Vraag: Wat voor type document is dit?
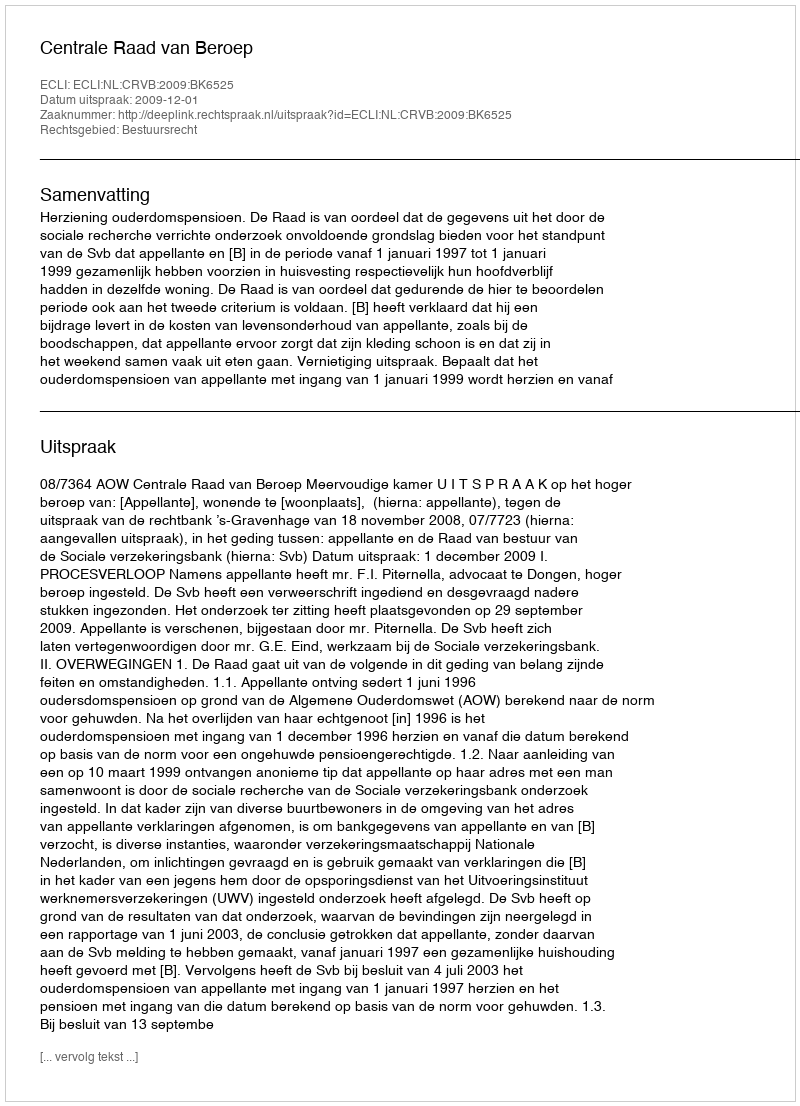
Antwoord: Uitspraak